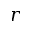
r